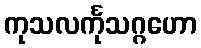
ကုသလင်္ကုသဂ္ဂဟော